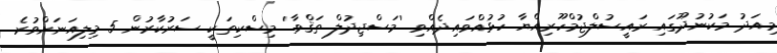
މިއަދު މަކުނުދޫގައި ރައީސުލްޖުމްހޫރިއްޔާ ހުޅުއްވައިދެއްވި 'މަސްޖިދުލް ތަޤްވާ' މިސްކިތަކީ ސަރުކާރުން 5 މިލިއަނަށްވުރެ